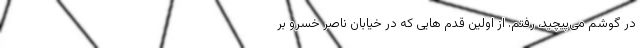
در گوشم می‌پیچید، رفتم. از اولین قدم هایی که در خیابان ناصر خسرو بر